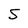
Character: 5